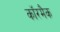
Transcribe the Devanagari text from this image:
कॉरमैक